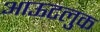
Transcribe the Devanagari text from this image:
आऊटलुक